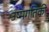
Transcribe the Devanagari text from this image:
उष्मगतिकी